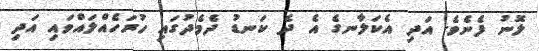
ލޮނު ފެނެވެ. އަދި އެކަލާނގެ އެ ދެ ކަނޑު ދެމެދުގައި ހުރަހެއްލައްވައި އަދި